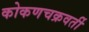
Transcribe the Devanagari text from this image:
कोकणचक्रवर्ती